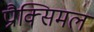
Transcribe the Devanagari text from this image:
प्रौक्सिमल